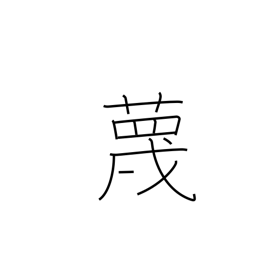
Meaning: ridicule